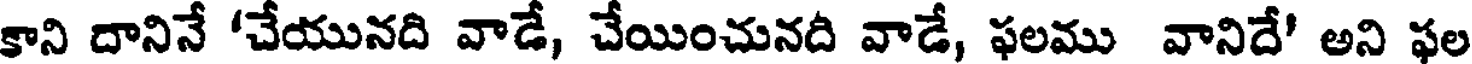
కాని దానినే 'చేయునది వాడే, చేయించునది వాడే, ఫలము వానిదే' అని ఫల